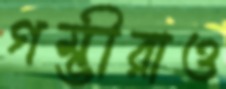
গম্ভীরাও